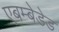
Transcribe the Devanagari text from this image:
एबम्बेडेड